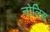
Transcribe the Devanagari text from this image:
नोलिस